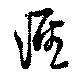
涯